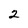
Character: 2